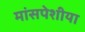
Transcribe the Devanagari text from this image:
मांसपेशीया